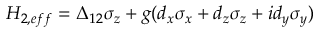
\begin{array} { r } { H _ { 2 , e f f } = \Delta _ { 1 2 } \sigma _ { z } + g ( d _ { x } \sigma _ { x } + d _ { z } \sigma _ { z } + i d _ { y } \sigma _ { y } ) } \end{array}